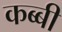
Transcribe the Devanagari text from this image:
कब्बी